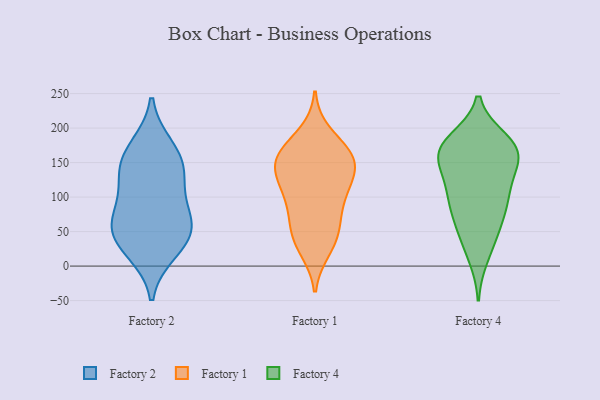
{"axis": {"x": "Backlog", "y": "Value"}, "legend": ["Factory 1", "Factory 2", "Factory 4"], "data": [{"x": "", "y": 37, "type": "Factory 2"}, {"x": "", "y": 51, "type": "Factory 2"}, {"x": "", "y": 132, "type": "Factory 2"}, {"x": "", "y": 93, "type": "Factory 2"}, {"x": "", "y": 67, "type": "Factory 2"}, {"x": "", "y": 58, "type": "Factory 2"}, {"x": "", "y": 157, "type": "Factory 2"}, {"x": "", "y": 22, "type": "Factory 2"}, {"x": "", "y": 137, "type": "Factory 2"}, {"x": "", "y": 172, "type": "Factory 2"}, {"x": "", "y": 131, "type": "Factory 1"}, {"x": "", "y": 34, "type": "Factory 1"}, {"x": "", "y": 152, "type": "Factory 1"}, {"x": "", "y": 80, "type": "Factory 1"}, {"x": "", "y": 119, "type": "Factory 1"}, {"x": "", "y": 119, "type": "Factory 1"}, {"x": "", "y": 144, "type": "Factory 1"}, {"x": "", "y": 166, "type": "Factory 1"}, {"x": "", "y": 103, "type": "Factory 1"}, {"x": "", "y": 25, "type": "Factory 1"}, {"x": "", "y": 160, "type": "Factory 1"}, {"x": "", "y": 162, "type": "Factory 1"}, {"x": "", "y": 157, "type": "Factory 1"}, {"x": "", "y": 49, "type": "Factory 1"}, {"x": "", "y": 191, "type": "Factory 1"}, {"x": "", "y": 50, "type": "Factory 1"}, {"x": "", "y": 84, "type": "Factory 1"}, {"x": "", "y": 162, "type": "Factory 4"}, {"x": "", "y": 14, "type": "Factory 4"}, {"x": "", "y": 182, "type": "Factory 4"}, {"x": "", "y": 170, "type": "Factory 4"}, {"x": "", "y": 160, "type": "Factory 4"}, {"x": "", "y": 43, "type": "Factory 4"}, {"x": "", "y": 145, "type": "Factory 4"}, {"x": "", "y": 78, "type": "Factory 4"}, {"x": "", "y": 88, "type": "Factory 4"}, {"x": "", "y": 106, "type": "Factory 4"}, {"x": "", "y": 88, "type": "Factory 4"}, {"x": "", "y": 131, "type": "Factory 4"}, {"x": "", "y": 173, "type": "Factory 4"}, {"x": "", "y": 168, "type": "Factory 4"}, {"x": "", "y": 112, "type": "Factory 4"}, {"x": "", "y": 175, "type": "Factory 4"}, {"x": "", "y": 48, "type": "Factory 4"}]}